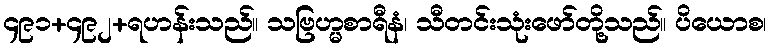
၄၉၁+၄၉၂+ရဟန်းသည်။ သဗြဟ္မစာရီနံ၊ သီတင်းသုံးဖော်တို့သည်။ ပိယောစ၊